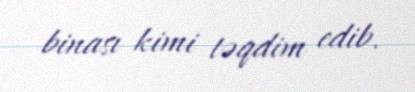
binası kimi təqdim edib.